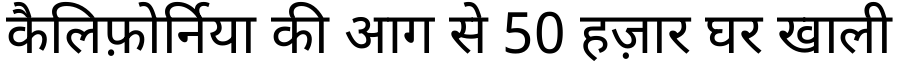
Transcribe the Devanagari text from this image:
कैलिफ़ोर्निया की आग से 50 हज़ार घर खाली